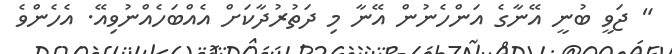
" ޖަވީ ބުނީ އޭނާގެ އަންހެނުން އޭނާ މި ދަތުރުދާކަށް އެއްބަހެއްނުވިއޭ. އެހެންވެ